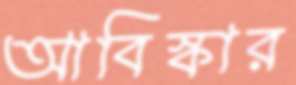
আবিস্কার